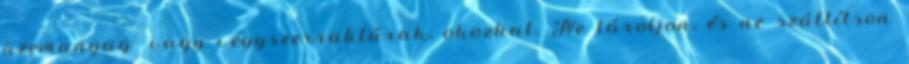
üzemanyag- vagy vegyszerraktárak, okozhat. Ne tároljon, és ne szállítson